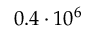
0 . 4 \cdot 1 0 ^ { 6 }